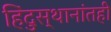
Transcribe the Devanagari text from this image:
हिंदुस्थानांतही